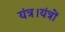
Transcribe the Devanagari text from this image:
यंत्र।यंत्रों